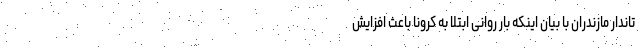
تاندار مازندران با بیان اینکه بار روانی ابتلا به کرونا باعث افزایش